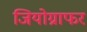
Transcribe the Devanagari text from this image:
जियोग्राफर